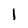
Character: 1